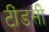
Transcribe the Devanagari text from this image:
टींडसी